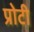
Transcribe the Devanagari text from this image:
प्रोटी